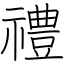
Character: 禮